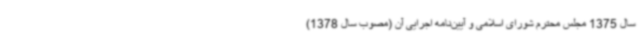
سال 1375 مجلس محترم شورای اسلامی و آیین‌نامه اجرایی آن (مصوب سال 1378)